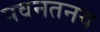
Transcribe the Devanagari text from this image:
पवनतनय